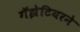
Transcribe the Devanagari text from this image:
गॕझेटियरने